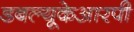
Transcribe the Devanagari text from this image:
डबल्यूकेआरपी